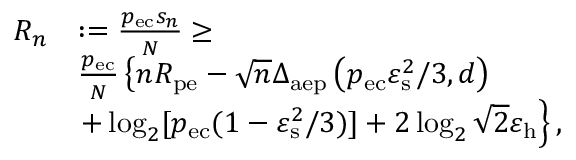
\begin{array} { r l } { R _ { n } } & { : = \frac { p _ { \mathrm { e c } } s _ { n } } { N } \geq } \\ & { \frac { p _ { \mathrm { e c } } } { N } \left\{ n R _ { \mathrm { p e } } - \sqrt { n } \Delta _ { \mathrm { a e p } } \left( p _ { \mathrm { e c } } \varepsilon _ { \mathrm { s } } ^ { 2 } / 3 , d \right) \right. } \\ & { \left. + \log _ { 2 } [ p _ { \mathrm { e c } } ( 1 - \varepsilon _ { \mathrm { s } } ^ { 2 } / 3 ) ] + 2 \log _ { 2 } \sqrt { 2 } \varepsilon _ { \mathrm { h } } \right\} , } \end{array}